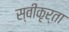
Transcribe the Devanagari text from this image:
स्वीकृर्ता